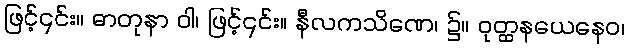
ဖြင့်၎င်း။ ဓာတုနာ ဝါ၊ ဖြင့်၎င်း။ နီလကသိဏေ၊ ၌။ ဝုတ္ထနယေနေဝ၊